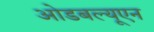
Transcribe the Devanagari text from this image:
ओडबल्यूएन